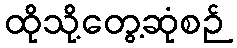
ထိုသို့တွေ့ဆုံစဉ်